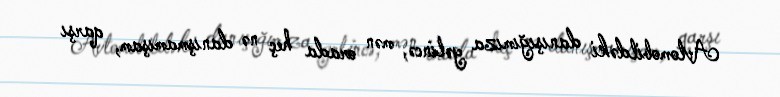
Avtomobildəki danışığımıza gəlincə, mən orada heç nə danışmamışam, qarşı